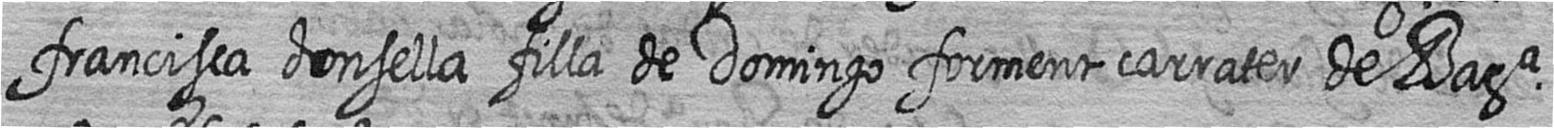
francisca donsella filla de Domingo forment carrater de Bara